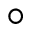
^ { \circ }